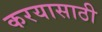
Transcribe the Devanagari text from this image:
करयासाठी